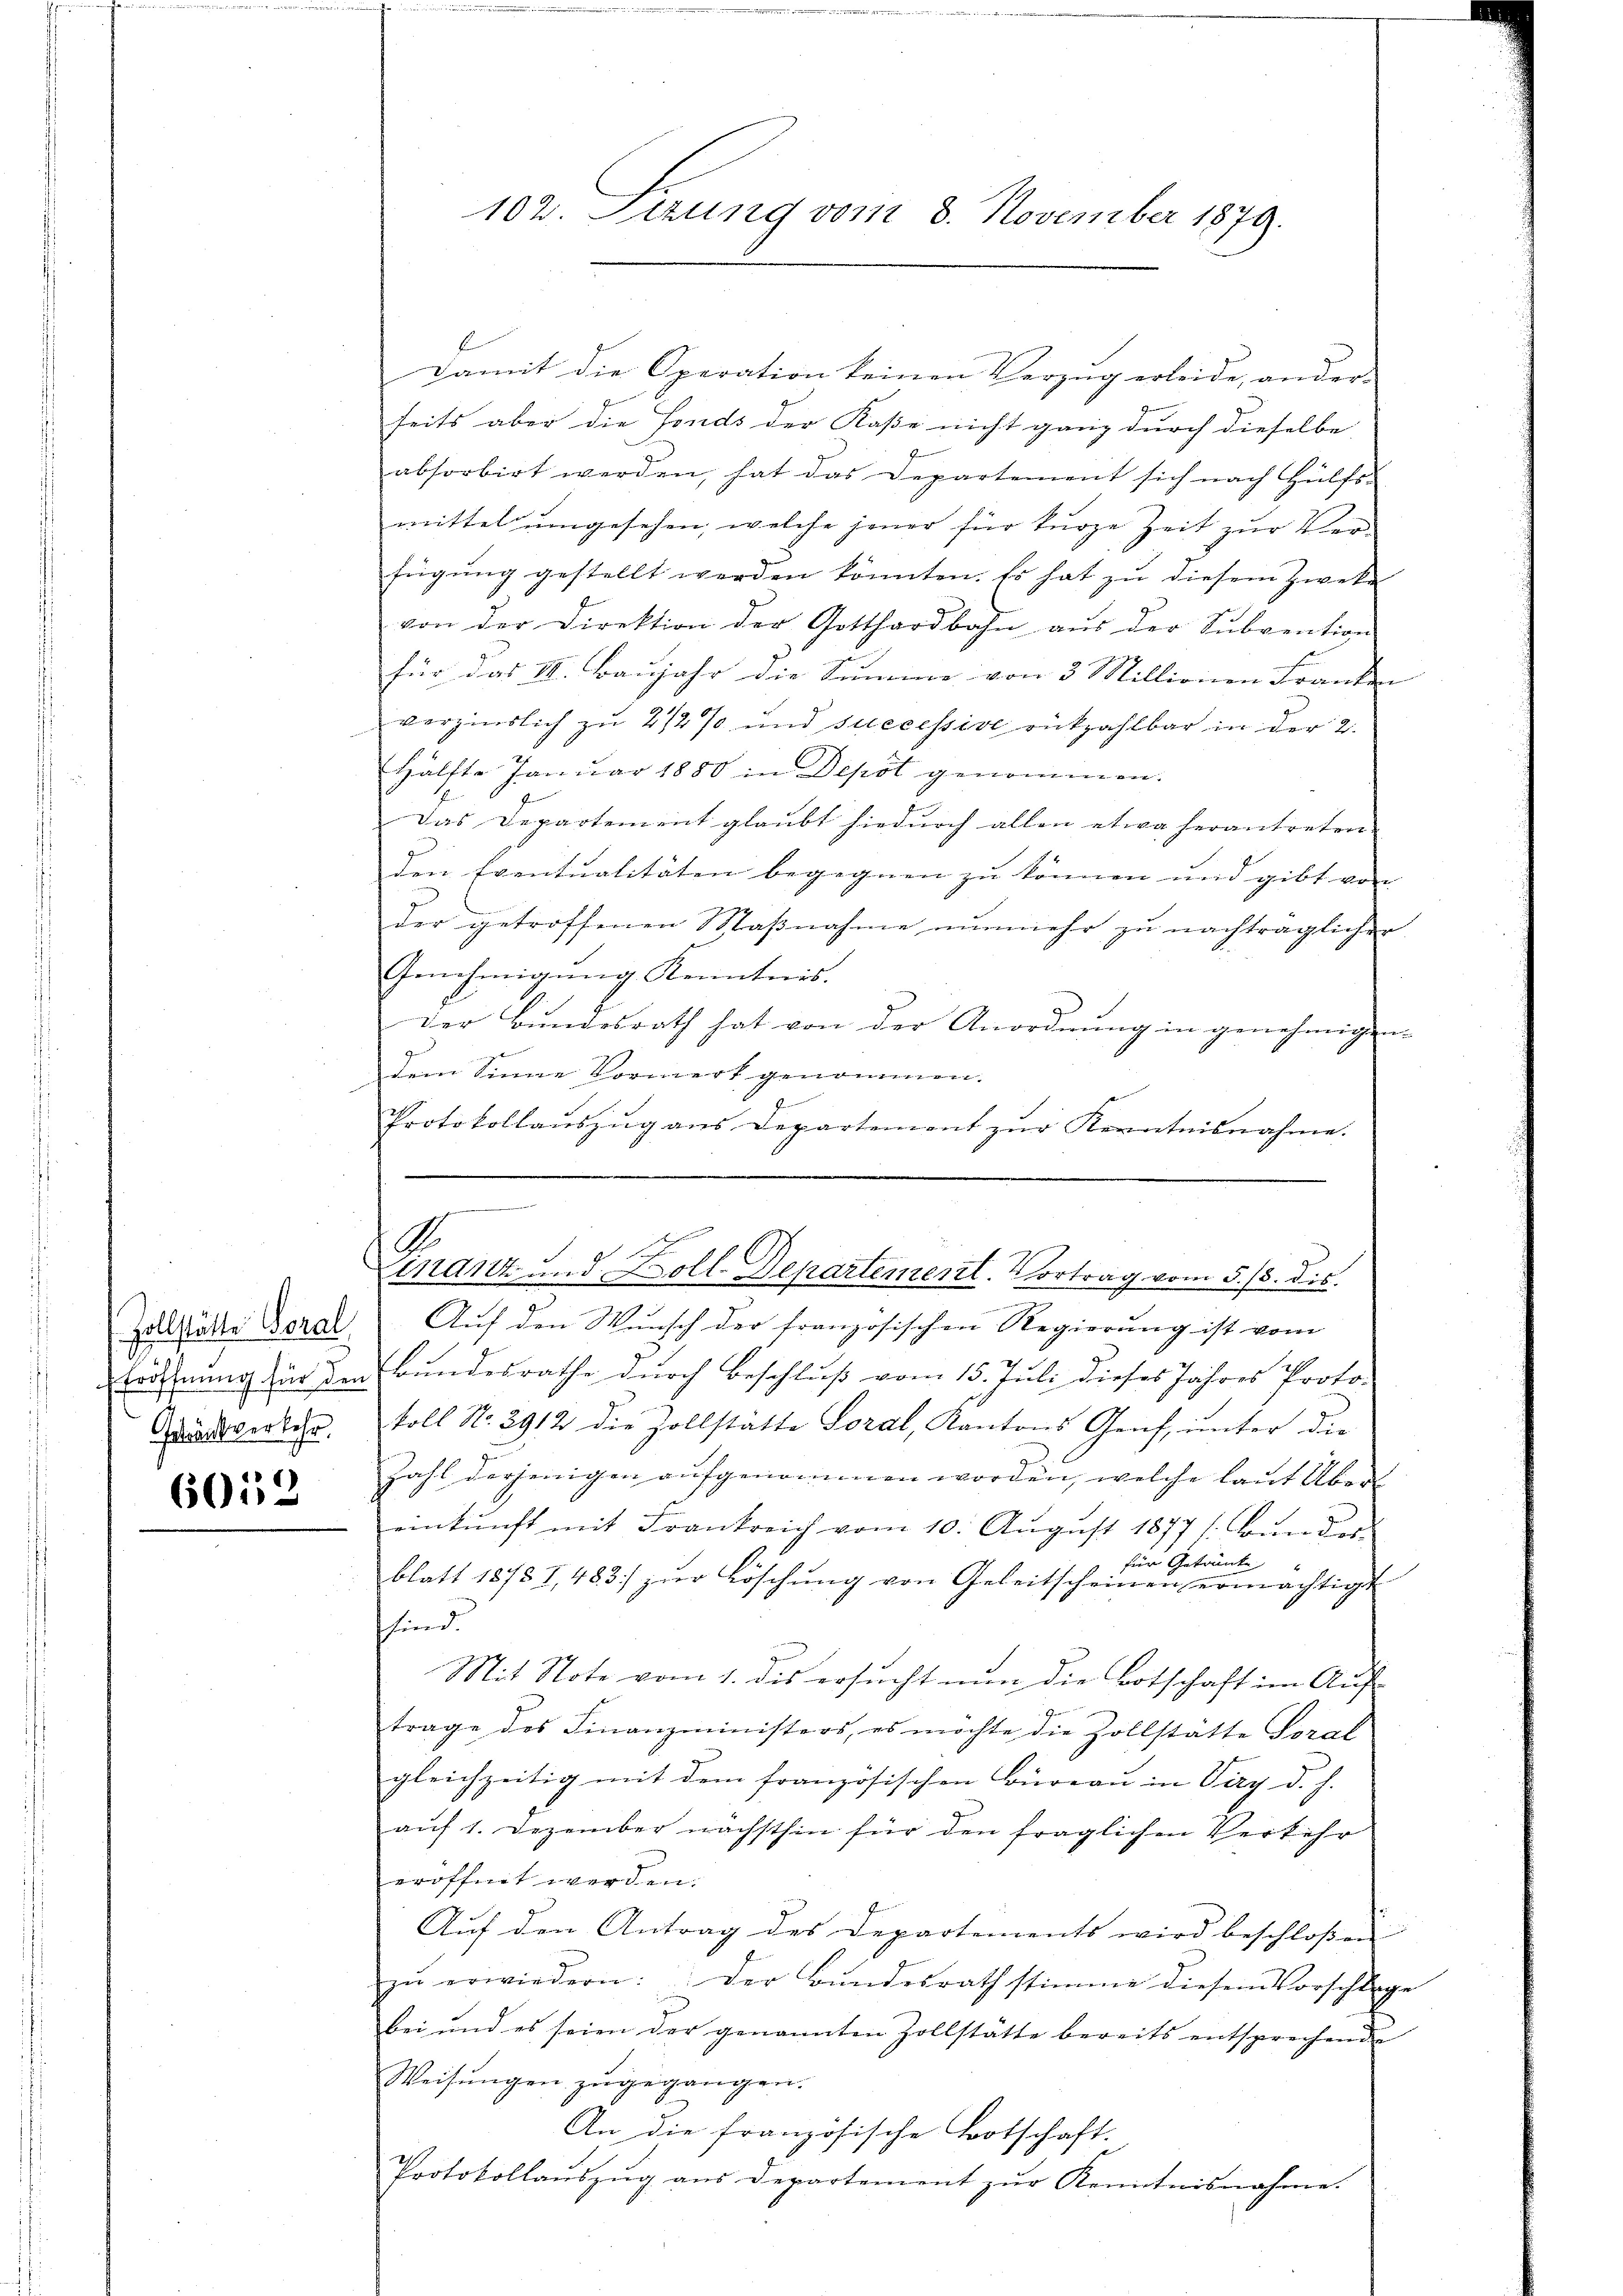
Gebreitverkehr.

6052

E
Damit die Operation keinen Verzug erleide, ander-
seits aber die Fonds der Kaße nicht ganz durch dieselbe
absorbirt werden, hat das Departement sich nach Hülfs-
mittel umgesehen, welche jener für kurze Zeit zur Ver-
fügung gestellt werden könnten. Es hat zu diesem Zwecke
von der Direktion der Gotthardbahn aŭs der Subvention
für das III. Baujahr die Summe von 3 Millionen Franken |
verzinslich zu 2/2 % und successive rückzahlbar in der 2.
Hälfte Januar 1880 in Depot genommen.
Das Departement glaubt hiedurch allen etwa herantreten
den Eventualitäten begegnen zu können und gibt von
der getroffenen Maβnahme nŭnmehr zu nachträglichen
Genehmigŭng Kenntnis.
Der Bundesrath hat von der Anordnung in genehmigen.
Ge
dem Sinne Vormerk genommen.
Protokollauszug aus Departement zur Kenntnisnahme.

102. Fezung vom 8. November 1879.

zollstätte Veral Auf den Wunsch der französischen Regierung ist vom
Eröffnung in den Bundesrathe durch Beschluß vom 15. Juli dieses Jahres Protokoll No. 2912 die Zollstätte Soral, Kantons Genf, ŭnter der
Zahl derjenigen aufgenommen worden, welche laut Übereinkunft mit Frankreich vom 10. August 1877 (Bunder
für Getränke
blatt 1873 I., 483 zur Löschung von Geleitscheinen ermächtigt
sfind
Mit Note vom 1. dis ersucht nun die Botschaft im Auf-
trage des Finanzministers, es möchte die Zollstätte Soral
gleichzeitig mit dem französischen Büreau in Viry d. h.
auf 1. Dezember nächsthin für den fraglichen Verkehr
eröffnet werden.
Auf den Antrag des Departements wird beschloßen
zŭ erwiedern: Der Bŭndesrath stimme diesem Vorschlage
bei und es seien der genannten Zollstätte bereits entsprechende
Weisŭngen zugegangen.
An die französische Botschaft.
Protokollauszug aus Departement zur Kenntnisnahme.

.
A.

Cartz und Doll. Departement. Vortrag vom 5. 15. dis